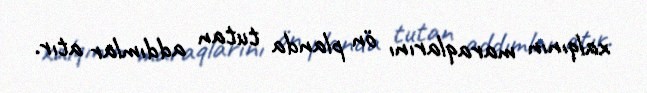
xalqının maraqlarını ön planda tutan addımlar atır.